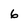
Character: 6